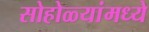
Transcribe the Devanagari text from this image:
सोहोळ्यांमध्ये